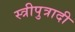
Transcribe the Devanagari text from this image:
स्त्रीपुत्रादी